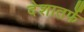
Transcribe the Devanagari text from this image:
देशातर्फे